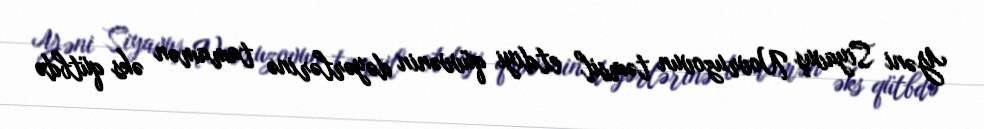
Yəni Siyavuş Novruzovun təmsil etdiyi qüvvənin dəyərlərinə tamamən əks qütbdə